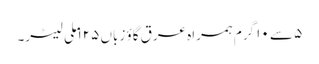
۵ سے ۱۰ گرم ہمراہ عرق گاؤ زباں ۱۲۵ ملی لیٹر۔